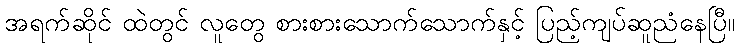
အရက်ဆိုင် ထဲတွင် လူတွေ စားစားသောက်သောက်နှင့် ပြည့်ကျပ်ဆူညံနေပြီ။